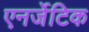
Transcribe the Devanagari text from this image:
एनर्जेटिक